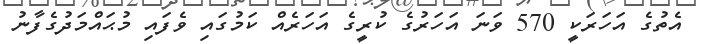
އެތުގެ އަހަރަކީ 570 ވަނަ އަހަރުގެ ކުރީގެ އަހަރެއް ކަމުގައި ވެފައި މުޙައްމަދުގެފާނު